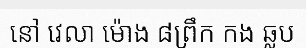
នៅ វេលា ម៉ោង ៨ព្រឹក កង ឆ្លប